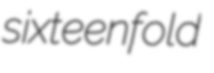
sixteenfold